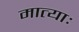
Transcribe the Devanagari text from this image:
मात्याः